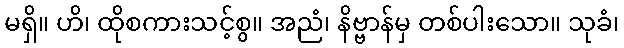
မရှိ။ ဟိ၊ ထိုစကားသင့်စွ။ အညံ၊ နိဗ္ဗာန်မှ တစ်ပါးသော။ သုခံ၊